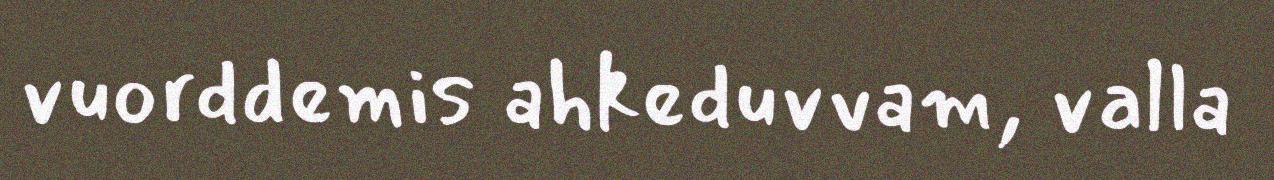
vuorddemis ahkeduvvam, valla